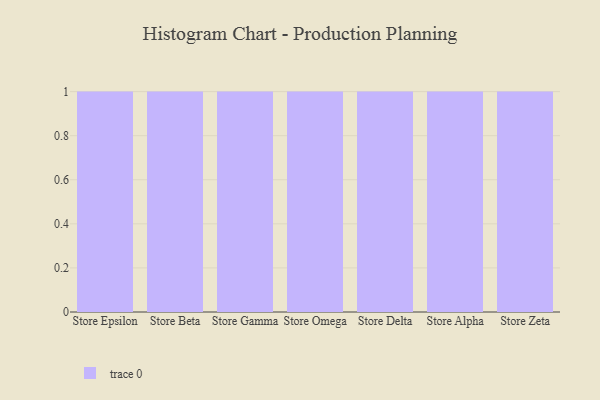
{"axis": {"x": "Store", "y": "Inventory Turnover"}, "legend": [""], "data": [{"x": "Store Epsilon", "y": 44, "type": ""}, {"x": "Store Beta", "y": 4, "type": ""}, {"x": "Store Gamma", "y": 26, "type": ""}, {"x": "Store Omega", "y": 58, "type": ""}, {"x": "Store Delta", "y": 42, "type": ""}, {"x": "Store Alpha", "y": 26, "type": ""}, {"x": "Store Zeta", "y": 47, "type": ""}]}